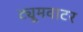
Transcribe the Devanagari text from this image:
ट्यूमवाटर